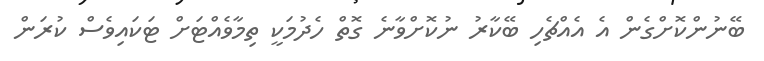
ބޭނުންކޮށްގެން އެ އެއްޗެހި ބޭކާރު ނުކޮށްވާނެ ގޮތް ހެދުމަކީ ތިމާވެއްޓަށް ޓަކައިވެސް ކުރަން